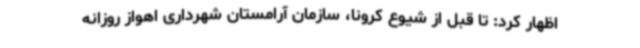
اظهار کرد: تا قبل از شیوع کرونا، سازمان آرامستان شهرداری اهواز روزانه